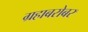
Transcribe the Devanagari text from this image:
ग्रहाबरोबर